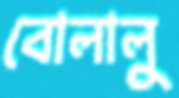
বোলালু